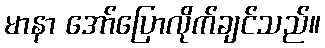
မာနာ အော်ပြောလိုက်ချင်သည်။